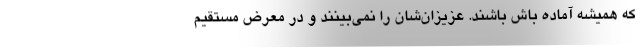
که همیشه آماده باش باشند. عزیزان‌شان را نمی‌بینند و در معرض مستقیم